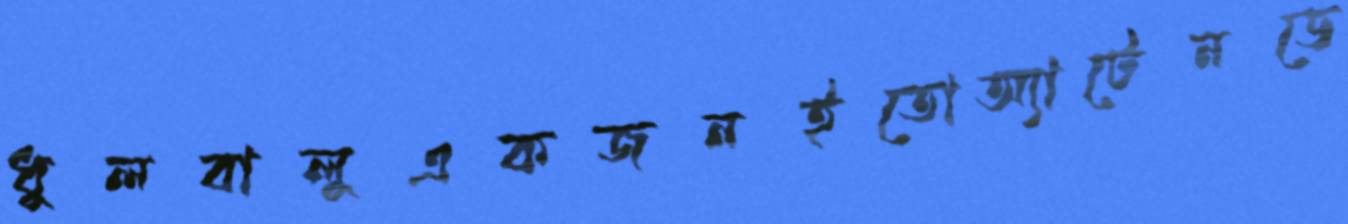
ধুলবালুএকজনইতোঅ্যাটেনডে